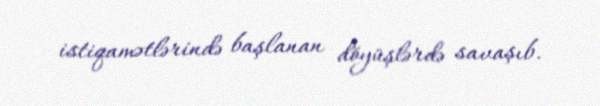
istiqamətlərində başlanan döyüşlərdə savaşıb.